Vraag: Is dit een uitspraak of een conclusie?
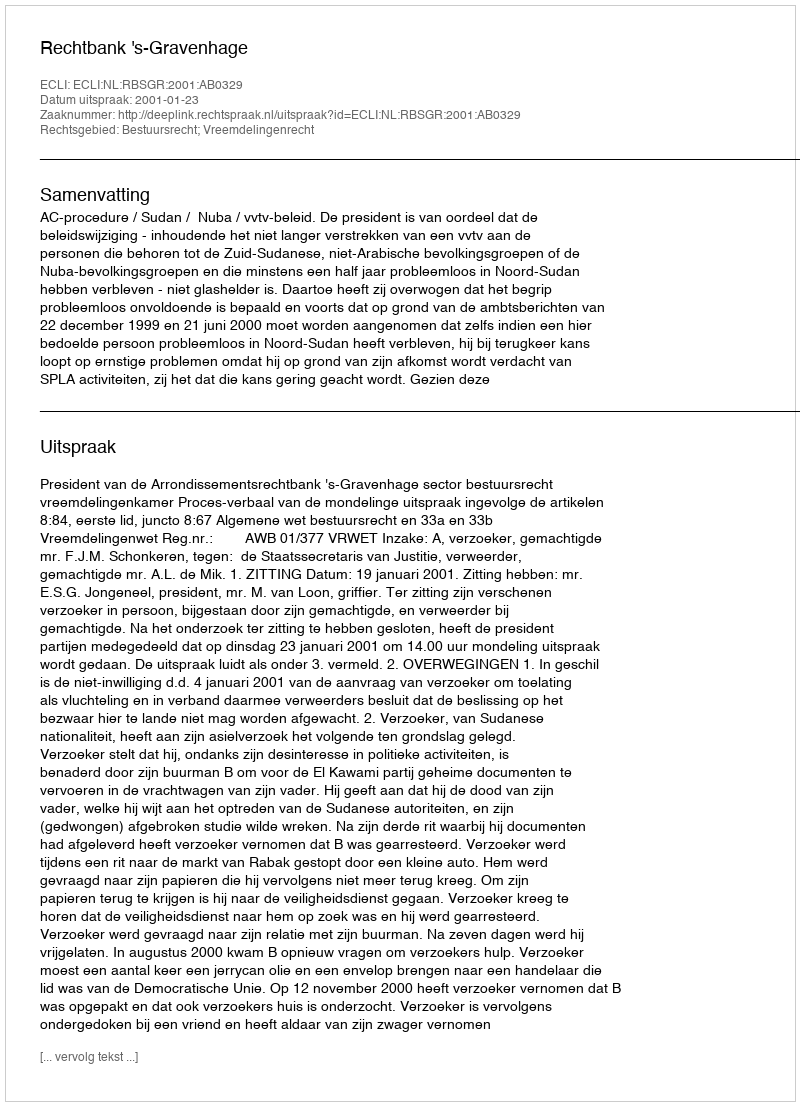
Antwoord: Uitspraak